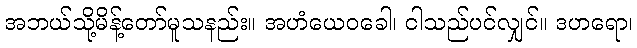
အဘယ်သို့မိန့်တော်မူသနည်း။ အဟံယေဝခေါ၊ ငါသည်ပင်လျှင်။ ဒဟရော၊